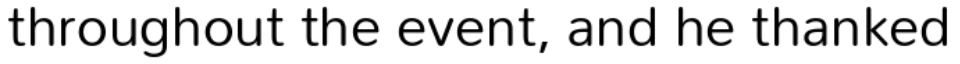
throughout the event, and he thanked